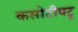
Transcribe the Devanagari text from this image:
कसोटीपटू